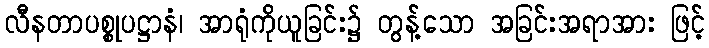
လီနတာပစ္စုပဋ္ဌာနံ၊ အာရုံကိုယူခြင်း၌ တွန့်သော အခြင်းအရာအား ဖြင့်